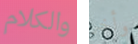
والكلام وأخر